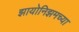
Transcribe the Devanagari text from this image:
झायोनिझमच्या